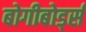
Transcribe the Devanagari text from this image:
बोगीबोर्ड्स